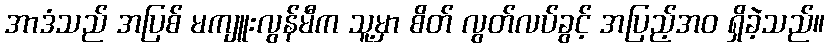
အာဒံသည် အပြစ် မကျူးလွန်မီက သူ့မှာ စိတ် လွတ်လပ်ခွင့် အပြည့်အဝ ရှိခဲ့သည်။